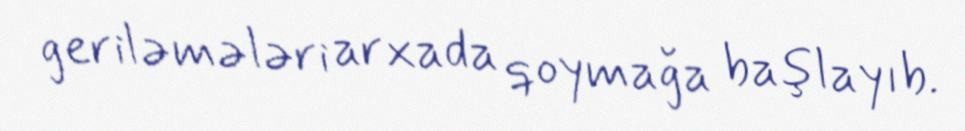
geriləmələri arxada qoymağa başlayıb.